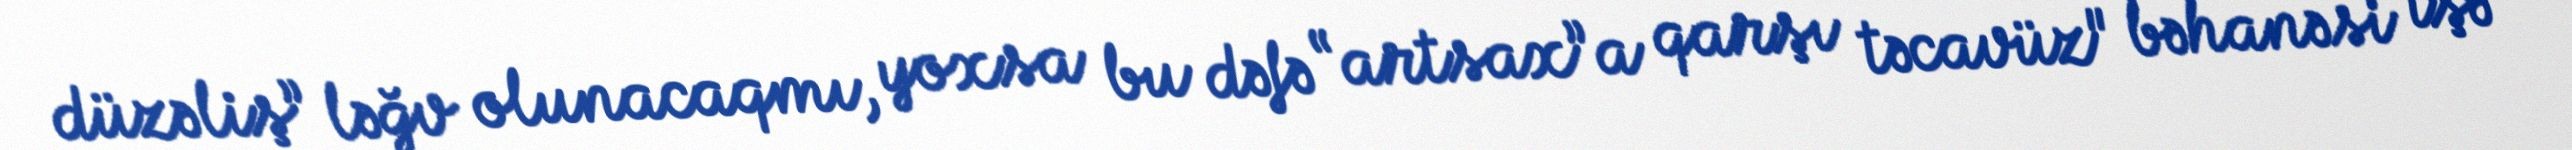
düzəliş” ləğv olunacaqmı, yoxsa bu dəfə “artsax”a qarşı təcavüz" bəhanəsi işə